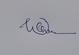
Signature authenticity: genuine